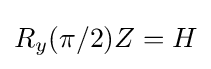
R_{y}(\pi /2)Z=H